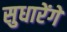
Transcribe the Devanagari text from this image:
सुधारेंगे